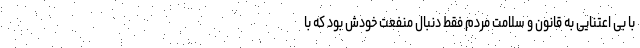
با بی اعتنایی به قانون و سلامت مردم فقط دنبال منفعت خودش بود که با